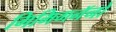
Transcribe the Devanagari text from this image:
गिमिगनॅनो